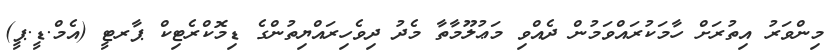
މިންވަރު އިތުރަށް ހާމަކުރައްވަމުން ދެއްވި މަޢުލޫމާތާ މެދު ދިވެހިރައްޔިތުންގެ ޑިމޮކްރެޓިކް ޕާރޓީ (އެމް.ޑީ.ޕީ)